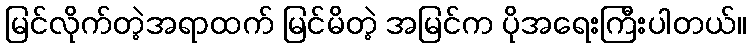
မြင်လိုက်တဲ့အရာထက် မြင်မိတဲ့ အမြင်က ပိုအရေးကြီးပါတယ်။